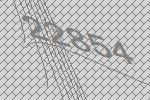
22854